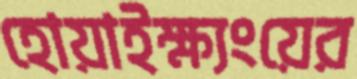
হোয়াইক্ষ্যংয়ের